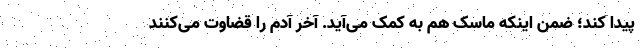
پیدا کند؛ ضمن اینکه ماسک هم به کمک می‌آید. آخر آدم را قضاوت می‌کنند